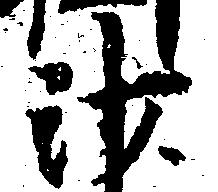
沙